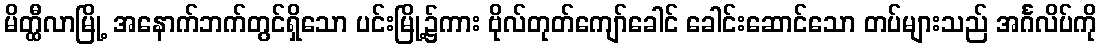
မိတ္ထီလာမြို့ အနောက်ဘက်တွင်ရှိသော ပင်းမြို့၌ကား ဗိုလ်တုတ်ကျော်ခေါင် ခေါင်းဆောင်သော တပ်များသည် အင်္ဂလိပ်ကို